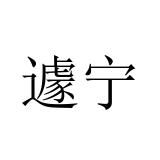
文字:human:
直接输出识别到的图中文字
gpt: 遽宁